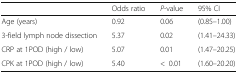
|  | Odds ratio | P-value | 95% CI |
 | --- | --- | --- | --- |
 | Age (years) | 0.92 | 0.06 | (0.85–1.00) |
 | 3-field lymph node dissection | 5.37 | 0.02 | (1.41–24.33) |
 | CRP at 1POD (high / low) | 5.07 | 0.01 | (1.47–20.25) |
 | CPK at 1POD (high / low) | 5.40 | <0.01 | (1.60–20.20) |